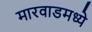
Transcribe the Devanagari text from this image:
मारवाडमध्ये